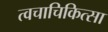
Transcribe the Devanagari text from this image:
त्वचाचिकित्सा